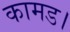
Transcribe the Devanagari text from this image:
कामड।